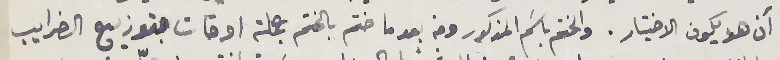
أن هو يكون الاختيار. والختم باسَم المذكور ومنه بعد ما ختم بالختم جملة اوقات توزيع الضرايب